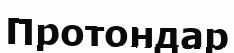
Протондар